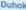
DUHOK